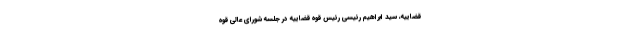
قضاییه، سید ابراهیم رئیسی رئیس قوه قضاییه در جلسه شورای عالی قوه